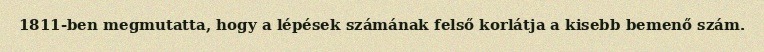
1811-ben megmutatta, hogy a lépések számának felső korlátja a kisebb bemenő szám.